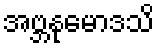
အဗ္ဘနုမောဒသိ